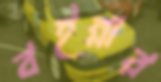
বইন্নার